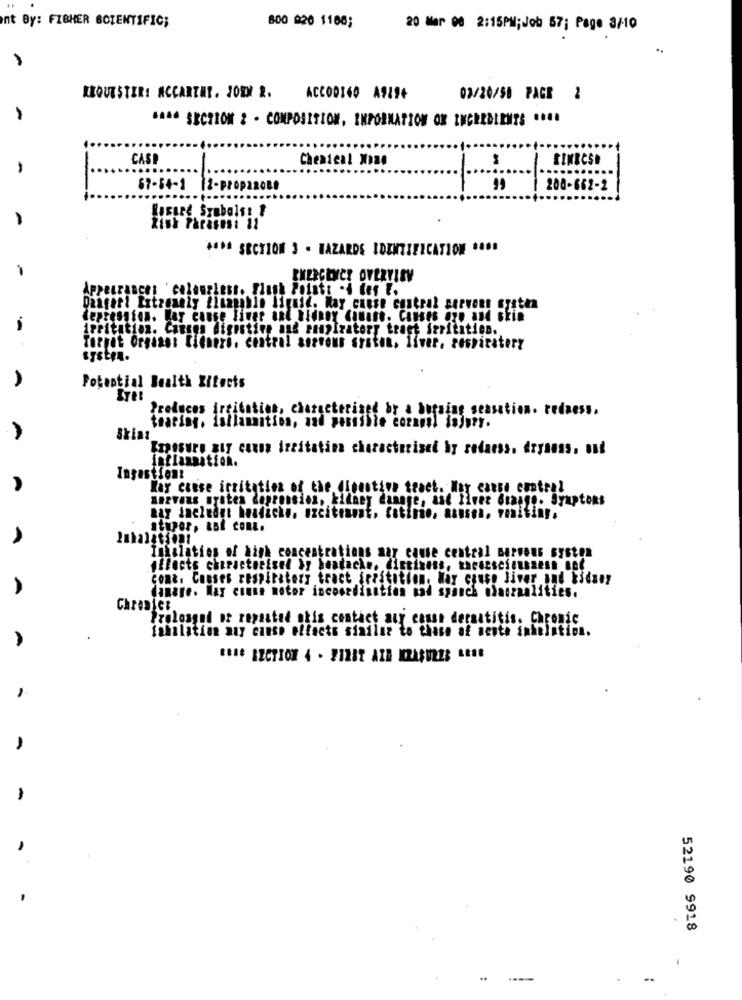
nt By: FISHER SCIENTIFIC;
800 826 1186;
20 Mar 00 2:15PM; Job 87; Page 3/10
REQUESTERS MCCARTHY. JOIN R. ACC00160 A919+
03/20/50 PAGE 2
-
6446 SECTION 2 - COMPOSITION, IMPORMATION OM INCERELENTS ....
CASP
Chemical Xone
EINECSD
57-54-1 12-PROPZZOLO
208-662-2
Kasure Symbols! !
Risk Phrasesi 12
+414 SECTION 3 - HAZARDS IDENTIFICATION 0400
-
EMERGENCY OVERVIEW
Appearance: ' colourless. Flush Poisti .4 der E.
Daxfort Extremely finanable liquid. May cause contral servous system
depression. May cause Finer and Blenny Canine. Canses are and skin
irritation. Cangon digestive and ranpiratory tragt irritation.
Torget Orgaan: Kicheri. central servous system. liver, respiratory
A
Potential Bealth Zitects
Produces irritation, characterized by a burning seasation. redness.
tearing. iallaunition, and possible compl injury.
A
Skins
Exposure zty causa irritating characterised by redness. dryness, but
Ingestionz
May cause irritation of the dinestina tract. May cause cotral
anavous nyates depression, kidney dannge, and liver Graags. Symptoms
may includet headache, azeiteamt, Cotino, nausea, vomiting.
atuper, aBi ConL.
Inhalation of high concentrations sar cause central nervous system
affects characterised by beatache. distinens. thesescienzesn Bed
conk. Causes respiratory tract irritation. May cause liver and kidney
A
dinare. May comme motor incoordination nad syauch naszaalities.
Chronict
Prolongat or repaated otis contact asy casse dermatitis. Chronic
fahalation any cause effects siniluz to thase af mente inhalation.
52190 9918